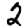
Digit: 2